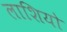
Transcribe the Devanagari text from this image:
लाशियो